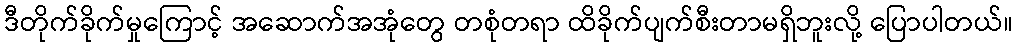
ဒီတိုက်ခိုက်မှုကြောင့် အဆောက်အအုံတွေ တစုံတရာ ထိခိုက်ပျက်စီးတာမရှိဘူးလို့ ပြောပါတယ်။